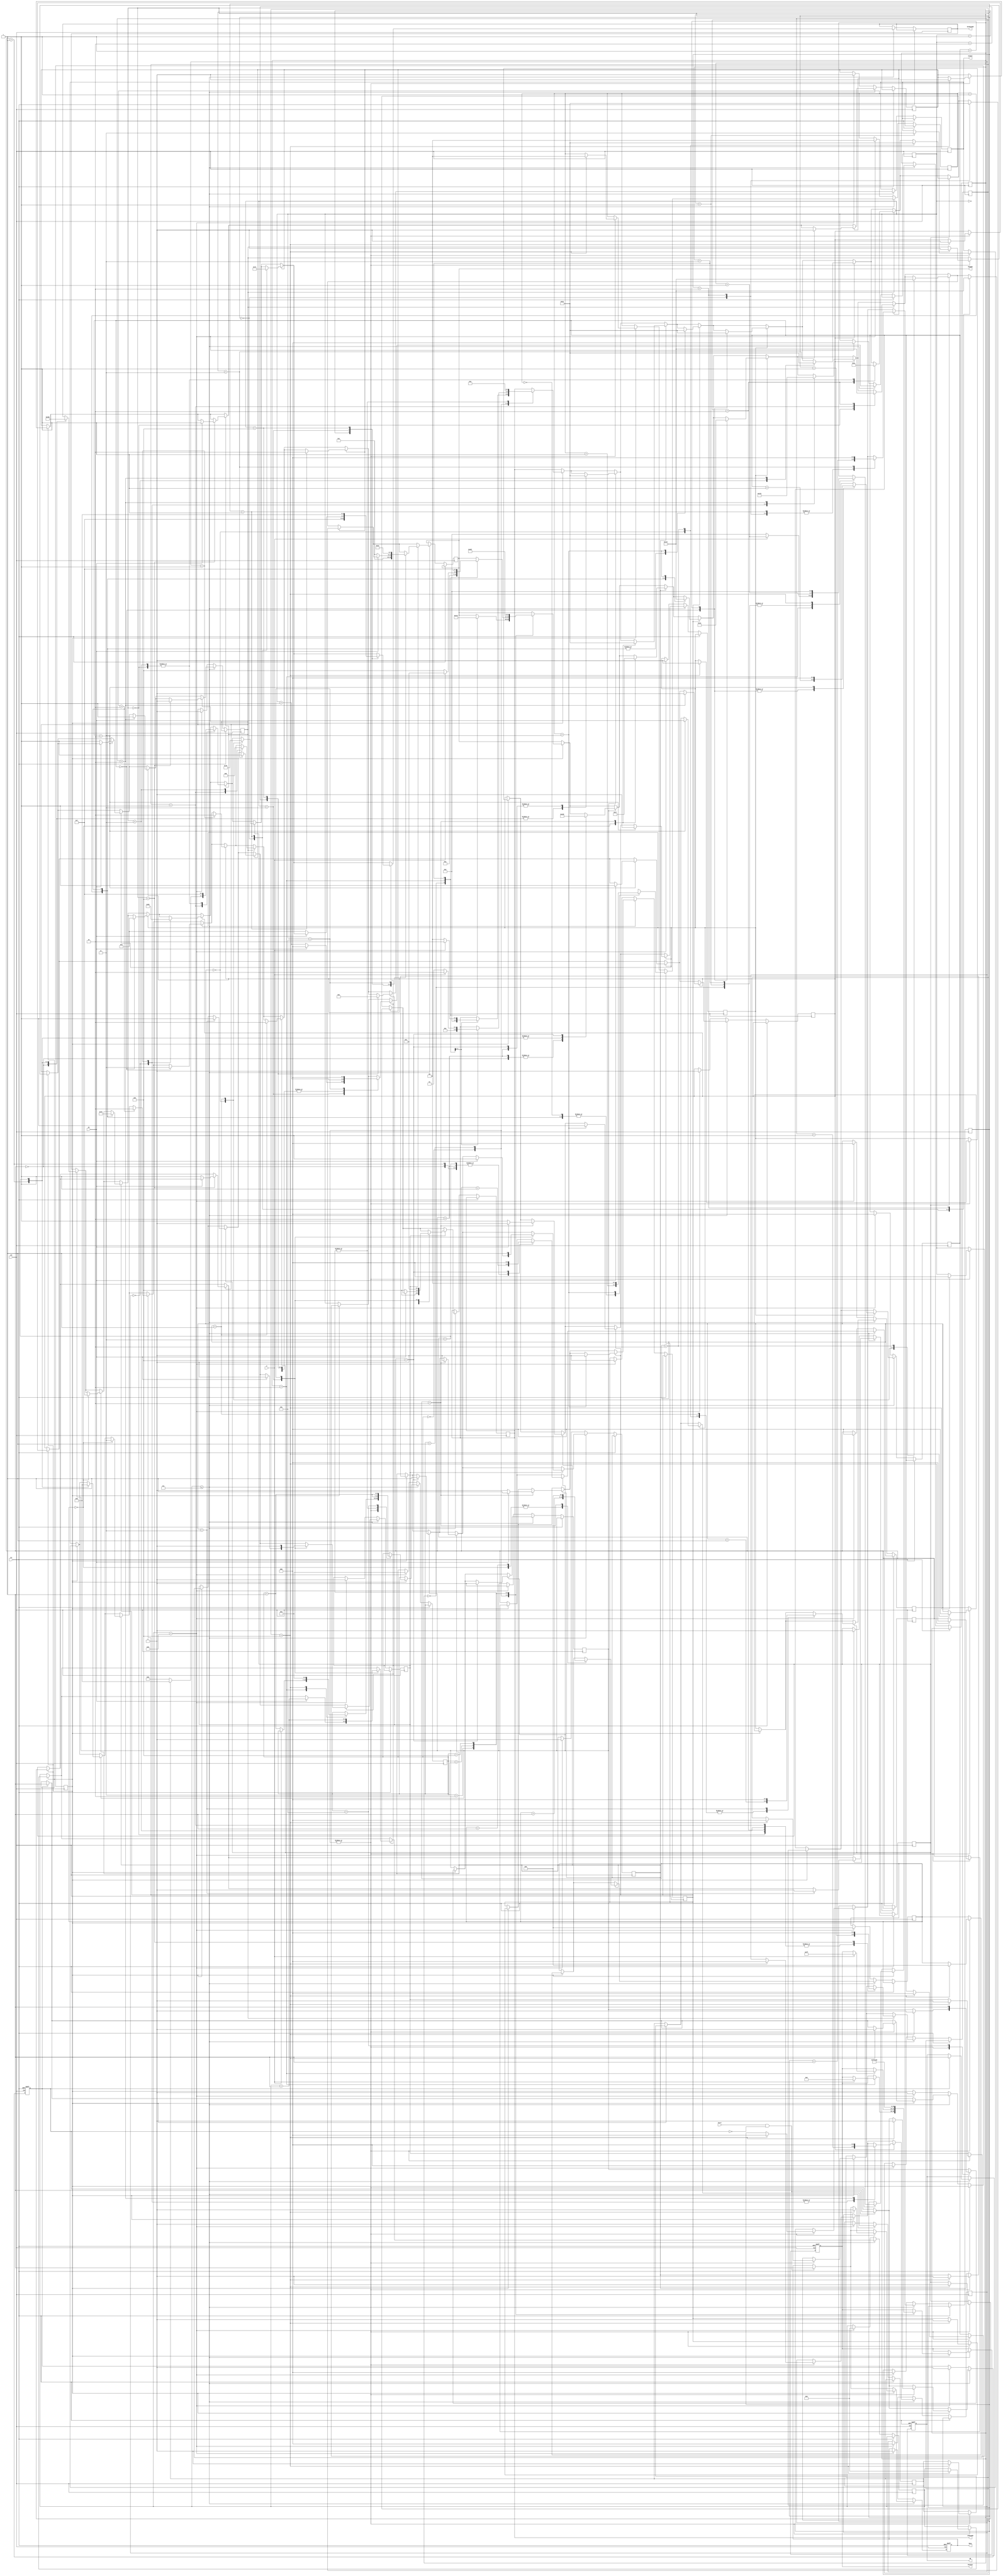
`timescale 1ns / 1ps



module CU(
    input clk,
    input rst,
    input Start,
    output reg Busy,
    output reg [7:0] CUconst,
    output reg [2:0] InMuxAdd,
    output reg [3:0] OutMuxAdd,
    output reg [3:0] RegAdd,
    output reg WE,
    output reg [1:0] InsSel,
    input CO,
    input Z
    );
    
// STATE REGISTERS
reg K =0;    
reg ADD = 0;
reg [4:0] STEP = 5'd0;
reg CLEARQLSB=0;
reg [2:0] caseCLEARQLSB=3'd0;    
reg SUBSTRACT = 0;
reg twoscomplement = 0;
reg CLEAR_LSB= 0;
reg REGISTER_LOADS = 0;
reg shiftoperationQ = 0;
reg startprocess = 0;
reg shiftoperationA =0;
reg Aupdate = 0;
reg Qupdate = 0;
reg [2:0] caseADD = 3'd0;
reg [2:0] caseQupdate = 3'd0;
reg [2:0] caseSUBSTRACT =3'd0;
reg [2:0] caseAupdate = 3'd0;
reg [2:0] caseshiftQ = 3'd0;
reg [1:0] caseclearlsb = 2'd0;
reg [5:0] shiftingA = 6'd0;
reg [6:0] casereg = 7'd0;
reg [2:0] shiftB =2'd0;
reg [2:0] casetwoscomplement= 3'd0;
reg [3:0] casezero=4'd0;

always @(posedge clk or posedge rst) begin
    if(rst)
        begin
            Busy<=0;
            CUconst<=0;
            WE<=0;
            startprocess = 0;
        end
    else if(STEP <=7)
        begin
                if(Start & !startprocess)
                begin
                startprocess <=1;
                Busy<=1;
                end
                if(startprocess)
                begin
                WE <=1;
                REGISTER_LOADS<=1;
                end
                
                if(REGISTER_LOADS)
                begin
                    case(casereg)
                    0:  begin
                            case(casezero)
                            0: begin
                                InMuxAdd<=3'd0;
                                RegAdd<=4'd1;
                                casezero<=casezero+1;
                               end
                            1:  begin
                                InsSel<=2'd3;
                                casezero<=casezero+1;
                                end   
                            2: begin
                                if(Z)
                                    begin
                                        CUconst<=8'd0;
                                        InMuxAdd<=3'd2;
                                        RegAdd<=4'd3;
                                        casezero<=casezero+1;                                        
                                    end
                                else
                                    begin
                                       InMuxAdd<=3'd0; 
                                       RegAdd <= 4'd3;      // REG3'e blnen (Q'YA DNECEK)
                                       casereg<=casereg+1;
                                       casezero<=0;
                                    end
                               end
                            3: begin
                                RegAdd<=4'd7;
                                casezero<=casezero+1;
                               end
                            4:begin
                                  K <=0;                         
                                  ADD <= 0;                      
                                  STEP <= 5'd0;            
                                  CLEARQLSB<=0;                  
                                  caseCLEARQLSB<=3'd0;     
                                  SUBSTRACT <= 0;                
                                  twoscomplement <= 0;           
                                  CLEAR_LSB<= 0;                 
                                  REGISTER_LOADS <= 0;           
                                  shiftoperationQ <= 0;          
                                  startprocess <= 0;             
                                  shiftoperationA <=0;           
                                  Aupdate <= 0;                  
                                  Qupdate <= 0;                  
                                  caseADD <= 3'd0;         
                                  caseQupdate <= 3'd0;     
                                  caseSUBSTRACT <=3'd0;    
                                  caseAupdate <= 3'd0;     
                                  caseshiftQ <= 3'd0;      
                                  caseclearlsb <= 2'd0;    
                                  shiftingA <= 6'd0;       
                                  casereg <= 7'd0;         
                                  shiftB <=2'd0;           
                                  casetwoscomplement<= 3'd0;
                                  casezero<=0;
                                  Busy<=0;
                              end  
                            endcase

                        end
                    1:  begin
                        case(casezero)
                            0: begin
                                InMuxAdd<=3'd1;
                                RegAdd<=4'd1;
                                casezero<=casezero+1;
                               end
                            1:  begin
                                InsSel<=2'd3;
                                casezero<=casezero+1;
                                end   
                            2: begin
                                if(Z)
                                    begin
                                        CUconst<=8'b1111_1111;
                                        InMuxAdd<=3'd2;
                                        RegAdd<=4'd3;
                                        casezero<=casezero+1;                                        
                                    end
                                else
                                    begin
                                       InMuxAdd<=3'd1; 
                                       RegAdd <= 4'd4;      // REG3'e blnen (Q'YA DNECEK)
                                       casereg<=casereg+1;
                                       casezero<=0;
                                    end
                               end
                            3: begin
                                RegAdd<=4'd7;
                                casezero<=casezero+1;
                               end
                            4:begin
                             casezero<=0;
                             K <=0;                         
                             ADD <= 0;                      
                             STEP <= 5'd0;            
                             CLEARQLSB<=0;                  
                             caseCLEARQLSB<=3'd0;     
                             SUBSTRACT <= 0;                
                             twoscomplement <= 0;           
                             CLEAR_LSB<= 0;                 
                             REGISTER_LOADS <= 0;           
                             shiftoperationQ <= 0;          
                             startprocess <= 0;             
                             shiftoperationA <=0;           
                             Aupdate <= 0;                  
                             Qupdate <= 0;                  
                             caseADD <= 3'd0;         
                             caseQupdate <= 3'd0;     
                             caseSUBSTRACT <=3'd0;    
                             caseAupdate <= 3'd0;     
                             caseshiftQ <= 3'd0;      
                             caseclearlsb <= 2'd0;    
                             shiftingA <= 6'd0;       
                             casereg <= 7'd0;         
                             shiftB <=2'd0;           
                             casetwoscomplement<= 3'd0;
                             Busy<=0;
                              end
                            endcase

                        end
                    2:  begin                   // REG5'e XOR iin full 1 (Ayn zamanda -1)
                          CUconst<=8'b1111_1111;
                          InMuxAdd <= 3'd2;
                          RegAdd <= 4'd5;
                          casereg <= casereg+1'b1;  
                        end
                    3:  begin                   // REG6ya 2s complement iin 1
                           CUconst <= 8'b0000_0001;
                           InMuxAdd<=3'd2; 
                           RegAdd <= 4'd6;
                           casereg <= casereg+1'b1;
                        end
                     4: begin
                            CUconst<= 8'd0;         // REG7'ye zerinde ilem yapmak iin full 0 (A: remainder)
                            InMuxAdd <= 3'd2;
                            RegAdd <= 4'd7;
                            casereg <= casereg+1'b1;
                        end
                     5: begin
                        twoscomplement<=1;
                        casereg <= casereg+1;
                        end
                        
                    default: ;
                    
                    endcase
                    end 
                
                if(twoscomplement)
                    begin
                        case(casetwoscomplement)
                           
                           0:begin 
                                OutMuxAdd <= 4'd4;
                                InMuxAdd <= 4'd4;
                                RegAdd <= 4'd1;         // Blen A'ya yazld
                                casetwoscomplement<=casetwoscomplement+1;
                             end
                          1:begin
                                OutMuxAdd<=4'd5;    //full 1 XOR iin
                                InMuxAdd<=4'd4;
                                RegAdd <= 4'd2;
                                casetwoscomplement<=casetwoscomplement+1;
                                InsSel<=2'd1;       // XOR OPERATION
                            end
                          2:begin
                                InMuxAdd<=4'd3;     // ALU result seildi
                                RegAdd<=4'd1;       //Blen'in XORu ALUinA'ya yazld
                                casetwoscomplement<=casetwoscomplement+1;
                            end
                          3:begin
                                OutMuxAdd<=4'd6;
                                InMuxAdd<=4'd4;
                                RegAdd<=4'd2;       // 0000_0001 B'ye yazld
                                InsSel<=2'd2;
                                casetwoscomplement<=casetwoscomplement+1;
                            end
                          4:begin
                                InMuxAdd<=4'd3; //ALUresult seildi
                                RegAdd<=4'd8; // BLENN 2's COMPLEMENT ARTIK REG10DA
                                shiftoperationA<=1;
                                casetwoscomplement<=0;
                                twoscomplement<=0;
                            end       
                        endcase
                    end
 // SHIFTING A
                if(shiftoperationA)
                  begin
                      case(shiftingA)
                      0:begin
                        OutMuxAdd <= 4'd7;     // A SHFTLEMEK N A REGISTERI SELD
                        InMuxAdd <=3'd4;       // REGOUTPUT NPUT OLARAK ALINDI
                        RegAdd<= 4'd1;         // ALUinA'YA YAZILDI
                        shiftingA <= shiftingA +1;    
                        InsSel <= 2'd3;                             
                        end
                      1:begin
                                   // SHIFT INSTRUCTION SELD
                            shiftingA <= shiftingA + 1; 
                        end  
                      2:begin
                          InMuxAdd <= 3'd3;    // Shiftlenen A kaydedilmek iin ALUout seildi
                          RegAdd <= 4'd7;      // A registerna kaydedildi.
                              if(CO)
                                  begin
                                      CLEAR_LSB<=1;
                                      shiftoperationA<=0;
                                      shiftoperationQ<=0;
                                      shiftingA<=0;
                                  end
                              else
                                   begin
                                        CLEAR_LSB<=0;
                                        shiftoperationA<=0;
                                        shiftoperationQ<=1;
                                        shiftingA <= 0;
                                   end    
                        end  
                      endcase
                      end
                                                  
                if(CLEAR_LSB)
                begin
                    case(caseclearlsb)
                    0: caseclearlsb<=caseclearlsb+1;
                    1:  begin
                            OutMuxAdd <= 4'd7;  // Shiftlenen A seildi
                            InMuxAdd <= 3'd4;
                            RegAdd <= 4'd1;     //Shiftlenen A AluinA'ya yolland
                            caseclearlsb<=caseclearlsb+1;
                        end
                    2:  begin
                            OutMuxAdd <= 4'd5;  // -1 seildi
                            InMuxAdd <= 3'd4;
                            RegAdd <= 4'd2;     // -1 ALUinB'ye yolland
                            caseclearlsb <= caseclearlsb +1;
                            InsSel <=  2'd2;    // Add instruction seildi
                        end
                    3:  begin
                            InMuxAdd <= 3'd3;   // ALUdan gelen A-1 sonucu seildi
                            RegAdd <= 4'd7; // A, ALUinA 'ya yazld.
                            caseclearlsb <=0;
                            CLEAR_LSB<=0;
                            shiftoperationQ<=1;
                        end
                    endcase
                end      
                
                if(shiftoperationQ)
                begin
                    case(caseshiftQ)
                    0:  begin
                            OutMuxAdd <=4'd3;
                            InMuxAdd <=3'd4; 
                            RegAdd <= 4'd1;         // Q Shfitlemek iin A'ya alnd ve shiftlendi
                            InsSel <= 2'd3;
                            caseshiftQ<=caseshiftQ+1;                         
                        end
                    1:  begin
                            InMuxAdd <=3'd3;
                            RegAdd <=3'd3;          // Shiftlenen Q, Q'ya yazld
                            caseshiftQ<=caseshiftQ+1;
                        end
                    2:  begin
                            K <= CO;
                            if(CO)
                                CLEARQLSB<=1;
                            else
                                Aupdate<=1;
                            caseshiftQ<=0; 
                            shiftoperationQ<=0;
                        end
                    endcase
                end
                
                     if(CLEARQLSB)
                    begin
                    case(caseCLEARQLSB)
                    0:begin
                        OutMuxAdd<=4'd3;
                        InMuxAdd<=4'd4;
                        RegAdd<=4'd1;
                        caseCLEARQLSB <=caseCLEARQLSB+1; 
                      end
                    1:begin
                        OutMuxAdd<=4'd5;
                        RegAdd<=4'd2;
                        InsSel<=2'd2;
                        caseCLEARQLSB <=caseCLEARQLSB+1;
                      end
                    2:begin
                        InMuxAdd<=3'd3;
                        RegAdd<=4'd3;
                        caseCLEARQLSB <=0;
                        CLEARQLSB<=0;
                        Aupdate<=1;
                      end       
                        
                    endcase    
                    end   
                
                if(Aupdate)
                begin
                    case(caseAupdate)
                    0:  begin
                            OutMuxAdd<=4'd7;
                            InMuxAdd<=3'd4;
                            RegAdd<=4'd1;
                            caseAupdate<=caseAupdate+1;
                        end
                    1:  begin
                        if(K==1)
                            begin
                            OutMuxAdd<=4'd6;
                            RegAdd<=4'd2;
                            InsSel<=2'd2;
                            end
                        else
                            begin
                                OutMuxAdd<=4'd13;
                                RegAdd<=4'd2;
                                InsSel<=2'd2;
                            end
                        caseAupdate<=caseAupdate+1;
                        end    
                    2:  begin
                            InMuxAdd<=3'd3;
                            RegAdd<=4'd7;           // A UPDATED
                            caseAupdate<=caseAupdate+1;
//                            caseAupdate<=0;
//                            Aupdate<=0;
                        end
                    3: begin
                            OutMuxAdd<=4'd7;
                            InMuxAdd<=3'd4;
                            InsSel<= 2'd3;
                            caseAupdate<=caseAupdate+1;
                        end
                    4:begin
                      if(CO)
                        ADD<=1;
                      else
                        SUBSTRACT<=1;
                      caseAupdate<=0;
                      Aupdate<=0;
                      end
                    endcase
                end
                
                
                if(SUBSTRACT)
                    begin
                        case(caseSUBSTRACT)
                        0:begin
                            OutMuxAdd<=4'd7;
                            InMuxAdd<=3'd4;
                            RegAdd<=4'd1;
                            caseSUBSTRACT<=caseSUBSTRACT+1;
                          end
                        1:begin
                            OutMuxAdd<=4'd8;
                            RegAdd<=4'd2;
                            InsSel<=2'd2;
                            caseSUBSTRACT<=caseSUBSTRACT+1;
                          end
                        2:begin
                            InMuxAdd<=3'd3;
                            RegAdd<=4'd7;
                            caseSUBSTRACT<=caseSUBSTRACT+1;
                          end
                        3:begin
                            caseSUBSTRACT<=0;
                            SUBSTRACT<=0;
                            Qupdate<=1;
                          end
                        endcase
                    end
                    
                    
                    if(ADD)
                    begin
                        case(caseADD)
                        0:begin
                            OutMuxAdd<=4'd7;
                            InMuxAdd<=3'd4;
                            RegAdd<=4'd1;
                            caseADD<=caseADD+1;
                          end
                        1:begin
                            OutMuxAdd<=4'd4;
                            RegAdd<=4'd2;
                            InsSel<=2'd2;
                            caseADD<=caseADD+1;
                          end
                        2:begin
                            InMuxAdd<=3'd3;
                            RegAdd<=4'd7;
                            caseADD<=caseADD+1;
                          end
                        3:begin
                            caseADD<=0;
                            ADD<=0;
                            Qupdate<=1;
                          end
                        endcase
                    end
                    
                    
                    
                    
                    
                    
           
                if(Qupdate)
                    begin
                        case(caseQupdate)
                        0:caseQupdate<=caseQupdate+1;
                        1:begin
                            OutMuxAdd<=4'd7;
                            InMuxAdd<=3'd4;
                            RegAdd<=4'd1;
                            caseQupdate<=caseQupdate+1;
                          end
                        2:begin
                            InsSel<= 2'd3;      // A shifted
                            caseQupdate<=caseQupdate+1;
                            end  
                        3:begin
                            if(!CO)
                                begin
                                    OutMuxAdd<=4'd3;
                                    InMuxAdd<=3'd4;
                                    RegAdd<=4'd1;
                                    caseQupdate<=caseQupdate+1;        
                                end
                            else
                                begin
                                caseQupdate<=0;
                                Qupdate<=0;
                                shiftoperationA<=1;
                                STEP <= STEP+1;
                                end       
                          end
                        4:  begin
                                OutMuxAdd<=4'd6;
                                RegAdd<=4'd2;
                                InsSel <= 2'd2;
                                caseQupdate<=caseQupdate+1;    
                            end
                        5:  begin
                                InMuxAdd <=3'd3;
                                RegAdd<=4'd3;
                                caseQupdate<=0;
                                Qupdate<=0;
                                shiftoperationA<=1;
                                STEP <= STEP+1;
                            end    
                        endcase
                    end
                            //
                        end
      else if(STEP == 8)
      begin
      K <=0;                         
      ADD <= 0;                      
      STEP <= 5'd0;            
      CLEARQLSB<=0;                  
      caseCLEARQLSB<=3'd0;     
      SUBSTRACT <= 0;                
      twoscomplement <= 0;           
      CLEAR_LSB<= 0;                 
      REGISTER_LOADS <= 0;           
      shiftoperationQ <= 0;          
      startprocess <= 0;             
      shiftoperationA <=0;           
      Aupdate <= 0;                  
      Qupdate <= 0;                  
      caseADD <= 3'd0;         
      caseQupdate <= 3'd0;     
      caseSUBSTRACT <=3'd0;    
      caseAupdate <= 3'd0;     
      caseshiftQ <= 3'd0;      
      caseclearlsb <= 2'd0;    
      shiftingA <= 6'd0;       
      casereg <= 7'd0;         
      shiftB <=2'd0;           
      casetwoscomplement<= 3'd0;
      Busy<=0;
      end
      

end   
    

endmodule